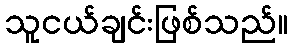
သူငယ်ချင်းဖြစ်သည်။